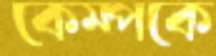
কেম্পকে